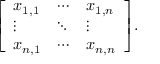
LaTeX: { \left[ \begin{array} { l l l } { x _ { 1 , 1 } } & { \cdots } & { x _ { 1 , n } } \\ { \vdots } & { \ddots } & { \vdots } \\ { x _ { n , 1 } } & { \cdots } & { x _ { n , n } } \end{array} \right] } .